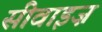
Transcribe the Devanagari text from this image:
सीवाइज़